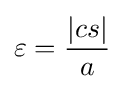
\varepsilon ={|cs| \over a}